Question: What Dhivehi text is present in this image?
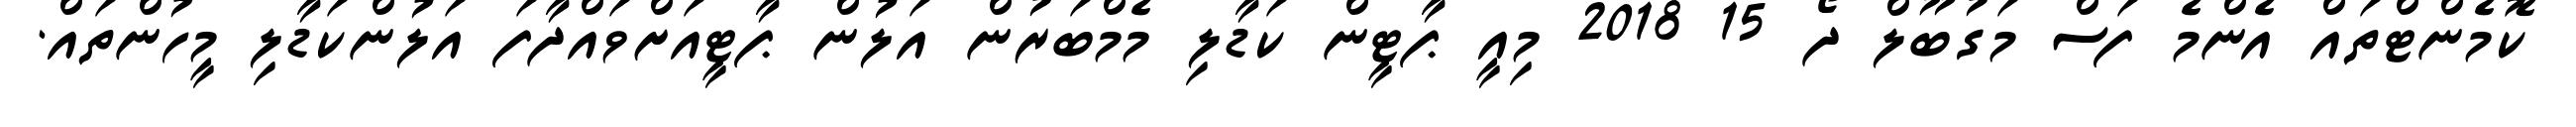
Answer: ކޮމެންޓްތައް އެންމެ ފަސް މަގުބޫލް ދޯ 15 2018 މިއީ ޕާޓީން ކަޑާލި މެމްބަރުން އަލުން ޕާޓީއަށްވައްދާފަ އަލުންކަޑާލި މީހުންތައް.